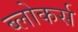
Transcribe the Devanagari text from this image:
ब्लोकर्स